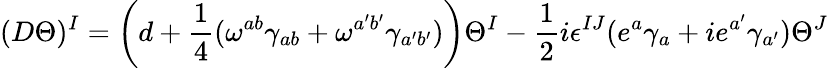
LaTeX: (D\Theta)^{I}=\left(d+{\frac{1}{4}}(\omega^{ab}\gamma_{ab}+\omega^{a^{\prime}b^{\prime}}\gamma_{a^{\prime}b^{\prime}})\right)\Theta^{I}-{\frac{1}{2}}i\epsilon^{IJ}(e^{a}\gamma_{a}+ie^{a^{\prime}}\gamma_{a^{\prime}})\Theta^{J}